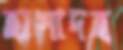
হাসাদহ